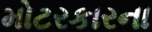
મોટરકારના